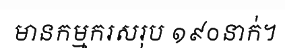
មានកម្មករសរុប ១៩០នាក់។